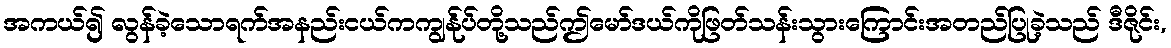
အကယ်၍ လွန်ခဲ့သောရက်အနည်းငယ်ကကျွန်ုပ်တို့သည်ဤမော်ဒယ်ကိုဖြတ်သန်းသွားကြောင်းအတည်ပြုခဲ့သည် ဒီဇိုင်း,